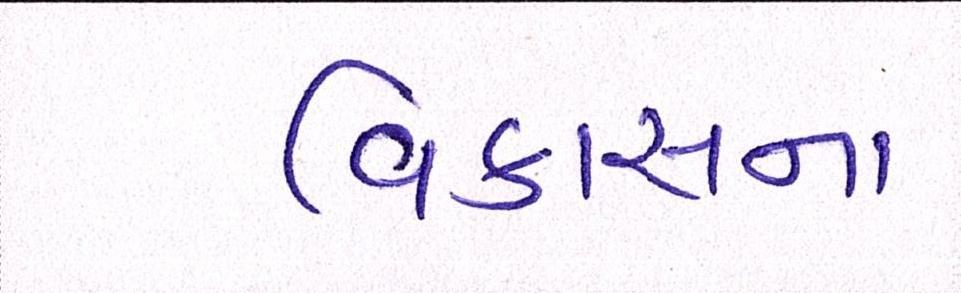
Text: વિકાસના